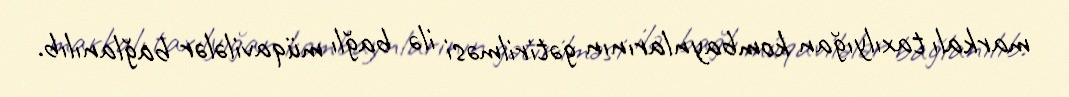
markalı taxılyığan kombaynlarının gətirilməsi ilə bağlı müqavilələr bağlanılıb.